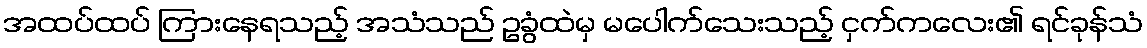
အထပ်ထပ် ကြားနေရသည့် အသံသည် ဥခွံထဲမှ မပေါက်သေးသည့် ငှက်ကလေး၏ ရင်ခုန်သံ